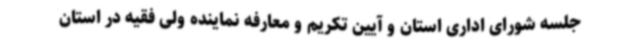
جلسه شورای اداری استان و آیین تکریم و معارفه نماینده ولی فقیه در استان